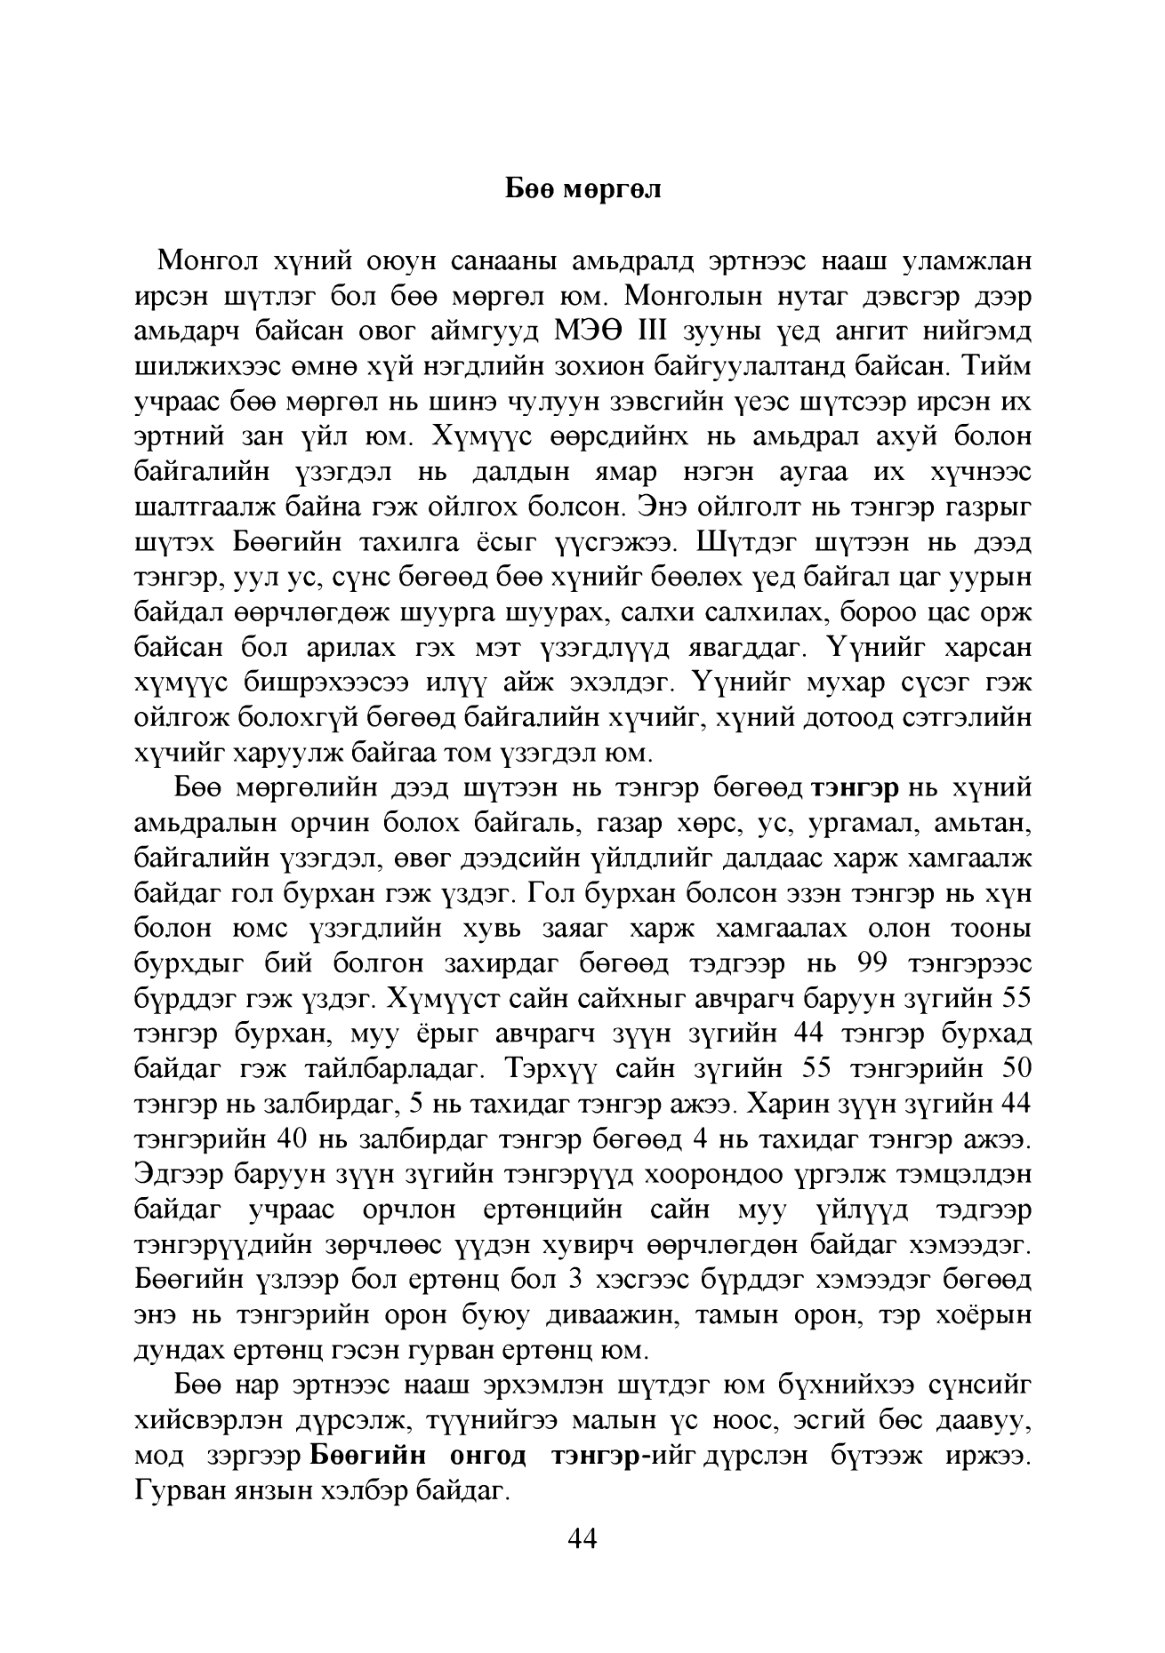
Language: mn